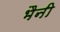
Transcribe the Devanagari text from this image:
भैनी